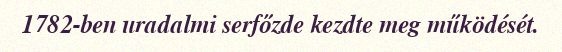
1782-ben uradalmi serfőzde kezdte meg működését.